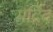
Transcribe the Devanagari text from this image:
मर्द्रिद